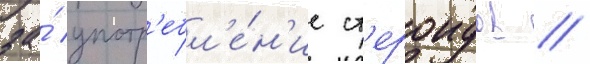
за́ употр'ебл'е́н'ие ст'ероидов //